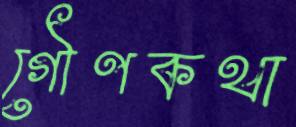
গৌণকথা